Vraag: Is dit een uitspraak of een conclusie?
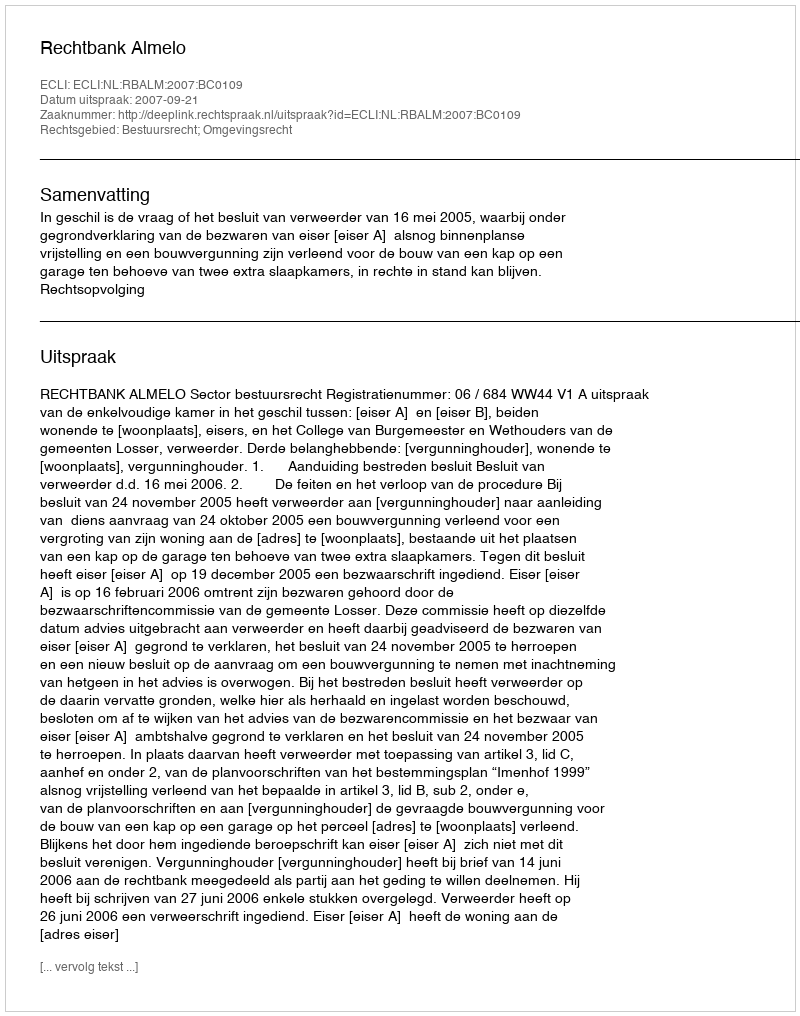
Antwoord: Uitspraak